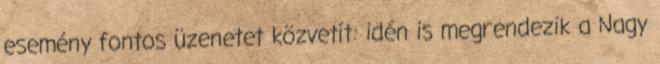
esemény fontos üzenetet közvetít: idén is megrendezik a Nagy